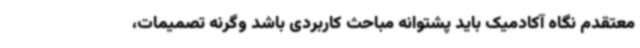
معتقدم نگاه آکادمیک باید پشتوانه مباحث کاربردی باشد وگرنه تصمیمات،